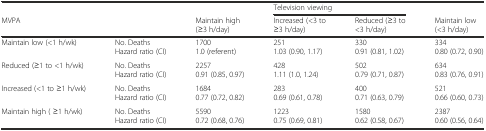
|  |  |  | <COLSPAN=2> Television viewing |  |
 | MVPA |  | Maintain high (≥3 h/day) | Increased (<3 to ≥3 h/day) | Reduced (≥3 to <3 h/day) | Maintain low (<3 h/day) |
 | --- | --- | --- | --- | --- | --- |
 | Maintain low (<1 h/wk) | No. Deaths Hazard ratio (CI) | 1700 1.0 (referent) | 251 1.03 (0.90, 1.17) | 330 0.91 (0.81, 1.02) | 334 0.80 (0.72, 0.90) |
 | Reduced (≥1 to <1 h/wk) | No. Deaths Hazard ratio (CI) | 2257 0.91 (0.85, 0.97) | 428 1.11 (1.0, 1.24) | 502 0.79 (0.71, 0.87) | 634 0.83 (0.76, 0.91) |
 | Increased (<1 to ≥1 h/wk) | No. Deaths Hazard ratio (CI) | 1684 0.77 (0.72, 0.82) | 283 0.69 (0.61, 0.78) | 400 0.71 (0.63, 0.79) | 521 0.66 (0.60, 0.73) |
 | Maintain high ( ≥1 h/wk) | No. Deaths Hazard ratio (CI) | 5590 0.72 (0.68, 0.76) | 1223 0.75 (0.69, 0.81) | 1580 0.62 (0.58, 0.67) | 2387 0.60 (0.56, 0.64) |